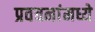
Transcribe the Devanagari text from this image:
प्रवचनांमध्ये